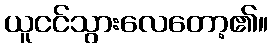
ယူငင်သွားလေတော့၏။